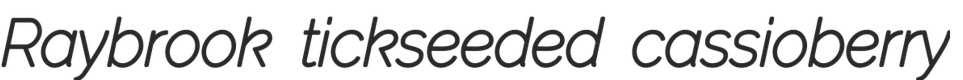
Raybrook tickseeded cassioberry